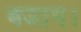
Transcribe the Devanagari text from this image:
बजाय।